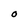
Character: O